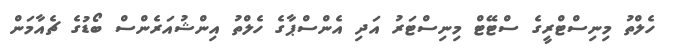
ހެލްތު މިނިސްޓްރީގެ ސްޓޭޓް މިނިސްޓަރު އަދި އެންސްޕާގެ ހެލްތު އިންޝުއަރެންސް ބޯޑުގެ ޗެއާމަން